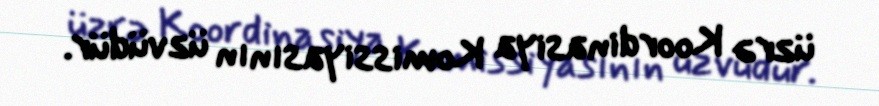
üzrə Koordinasiya Komissiyasının üzvüdür.